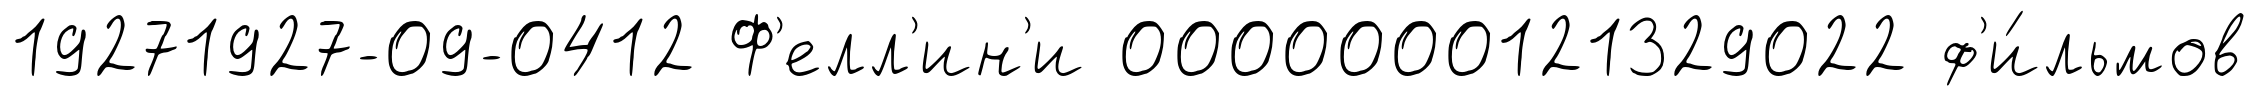
19271927-09-0412 Ф'елл'ин'и 0000000121329022 ф'и́льмов